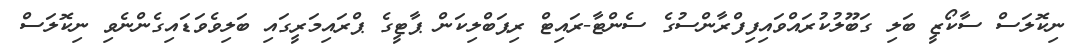
ނިކޮލަސް ސާކޯޒީ ބަލި ގަބޫލުކުރައްވައިފިފްރާންސުގެ ސެންޓާ-ރައިޓް ރިޕަބްލިކަން ޕާޓީގެ ޕްރައިމަރީގައި ބަލިވެވަޑައިގެންނެވި ނިކޮލަސް